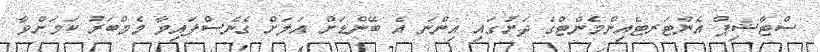
ސްޓާޝިޕް އެންޓަރޓެއިންމެންޓްގެ ދަށުގައި އިންނަ އެ ބޭންޑަށް އަލަށް ގެނެސްފައިވާ މެމްބަރު ކަމަށްވާ